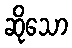
ဆိုသော